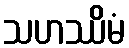
သဟဿိမံ